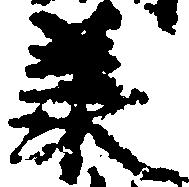
承